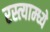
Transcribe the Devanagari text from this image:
रस्त्याम्ध्ये